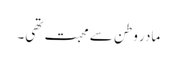
مادر وطن سے محبت تھی۔